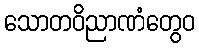
သောတဝိညာဏံတွေဝ